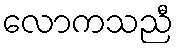
လောကသညီ